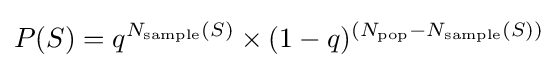
P(S)=q^{N_{\text{sample}}(S)}\times (1-q)^{(N_{\text{pop}}-N_{\text{sample}}(S))}